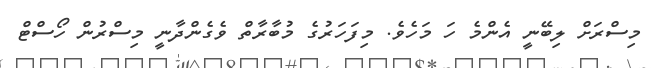
މިސްރަށް ލިބޭނީ އެންމެ ހަ މަހެވެ. މިފަހަރުގެ މުބާރާތް ވެގެންދާނީ މިސްރުން ހޯސްޓް